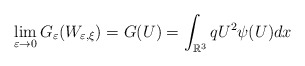
\begin{align*}\lim_{\varepsilon\rightarrow0}G_{\varepsilon}(W_{\varepsilon,\xi})=G(U)=\int_{\mathbb{R}^{3}}qU^{2}\psi(U)dx\end{align*}